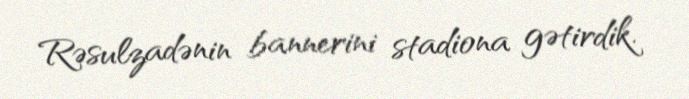
Rəsulzadənin bannerini stadiona gətirdik.